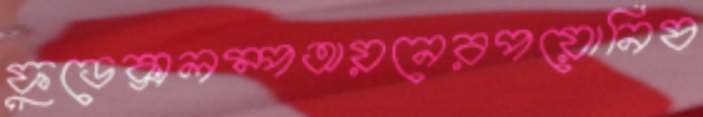
ফুডেক্সলম্পঅয়নেরপয়োনিষ